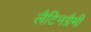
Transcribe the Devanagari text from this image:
लैटिनग्रैमी